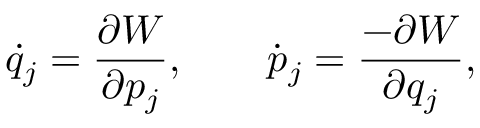
\dot { q } _ { j } = \frac { \partial W } { \partial p _ { j } } , \qquad \dot { p } _ { j } = \frac { - \partial W } { \partial q _ { j } } ,